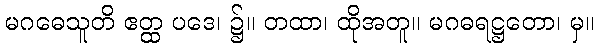
မဂဓေသူတိ ဧတ္ထ ပဒေ၊ ၌။ တထာ၊ ထိုအတူ။ မဂဓရဋ္ဌတော၊ မှ။